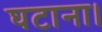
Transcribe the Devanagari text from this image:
घटाना।